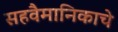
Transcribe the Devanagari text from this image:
सहवैमानिकाचे